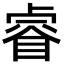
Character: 睿